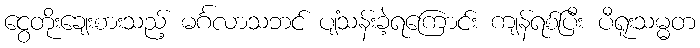
ငွေတိုးချေးစားသည့် မင်္ဂလာသဘင် ပျံသန်းခဲ့ရကြောင်း ကျန်ရစ်ပြီး ပီရူးသမ္မတ